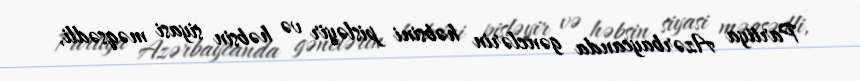
Partiya Azərbaycanda gənclərin həbsini pisləyir və həbsin siyasi məqsədli,